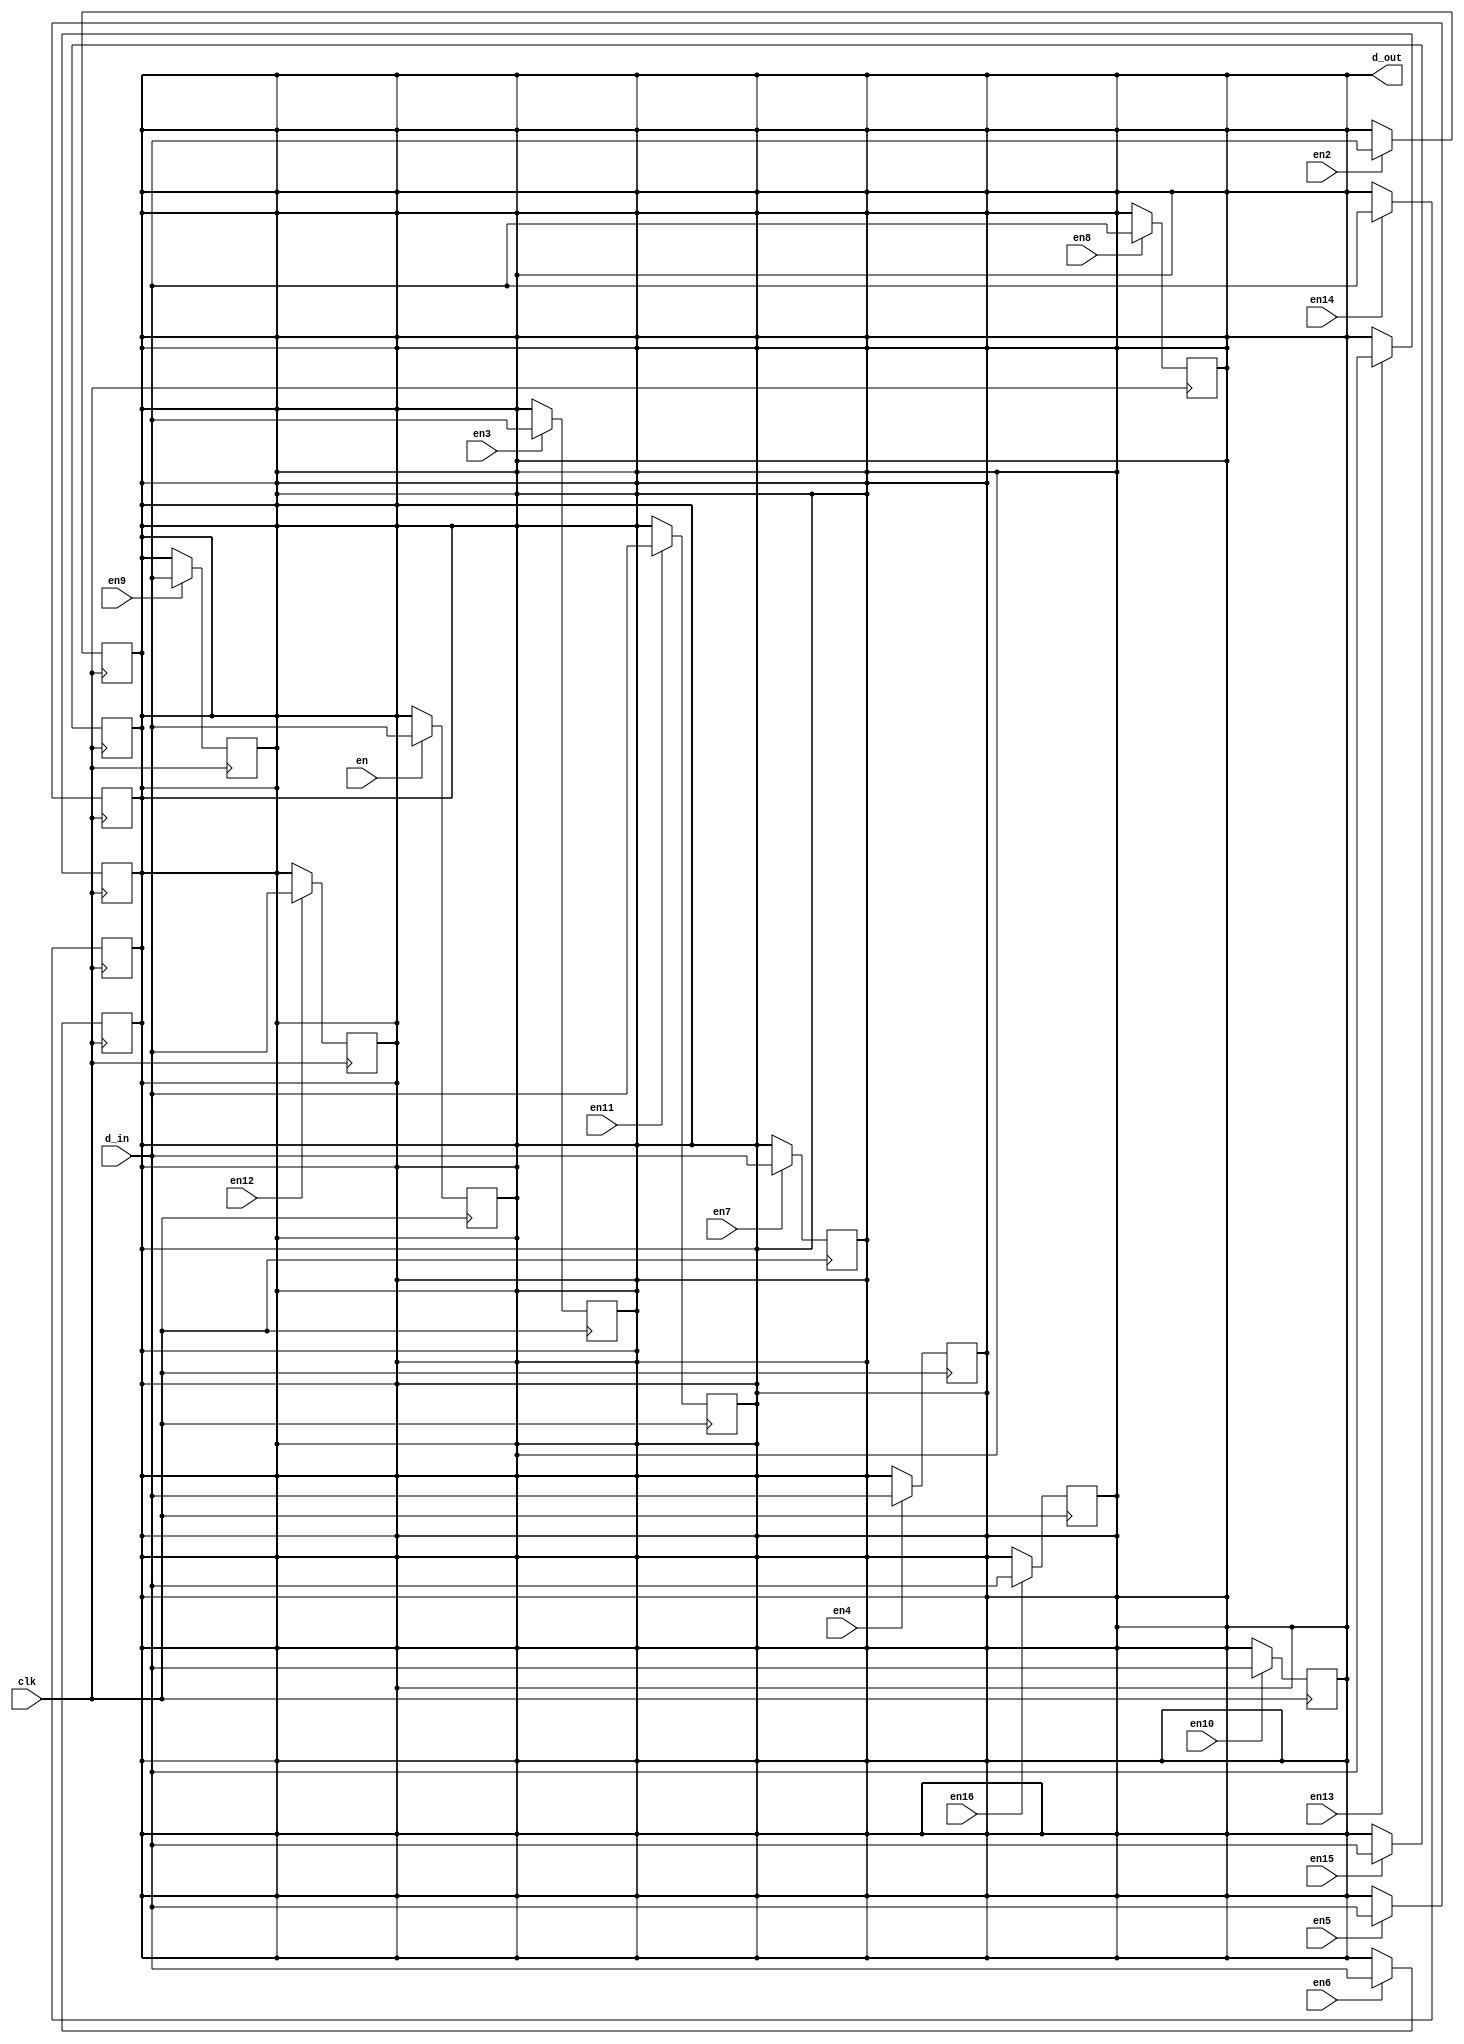
`timescale 1ns / 1ps
module test_1bit_16reg(
input d_in, // Data input
input clk, // clock input
input en, en2,en3,en4,en5,en6,en7,en8,en9,en10,en11,en12,en13,en14,en15, en16,

output reg d_out // output Q


);

always @(posedge clk)
begin
if(en)
d_out<= d_in;

end

always@(posedge clk)
begin
if(en2)
d_out<= d_in;
end

always@(posedge clk)
begin
if(en3)
d_out<= d_in;
end

always@(posedge clk)
begin
if(en4)
d_out<= d_in;
end

always@(posedge clk)
begin
if(en5)
d_out<= d_in;
end

always@(posedge clk)
begin
if(en6)
d_out<= d_in;
end
always@(posedge clk)
begin
if(en7)
d_out<= d_in;
end
always@(posedge clk)
begin
if(en8)
d_out<= d_in;
end
always@(posedge clk)
begin
if(en9)
d_out<= d_in;
end
always@(posedge clk)
begin
if(en10)
d_out<= d_in;
end
always@(posedge clk)
begin
if(en11)
d_out<= d_in;
end
always@(posedge clk)
begin
if(en12)
d_out<= d_in;
end
always@(posedge clk)
begin
if(en13)
d_out<= d_in;
end
always@(posedge clk)
begin
if(en14)
d_out<= d_in;
end
always@(posedge clk)
begin
if(en15)
d_out<= d_in;
end
always@(posedge clk)
begin
if(en16)
d_out<= d_in;
end
endmodule